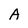
Character: A